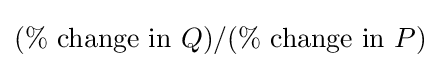
(\%{\mbox{ change in }}Q)/(\%{\mbox{ change in }}P)